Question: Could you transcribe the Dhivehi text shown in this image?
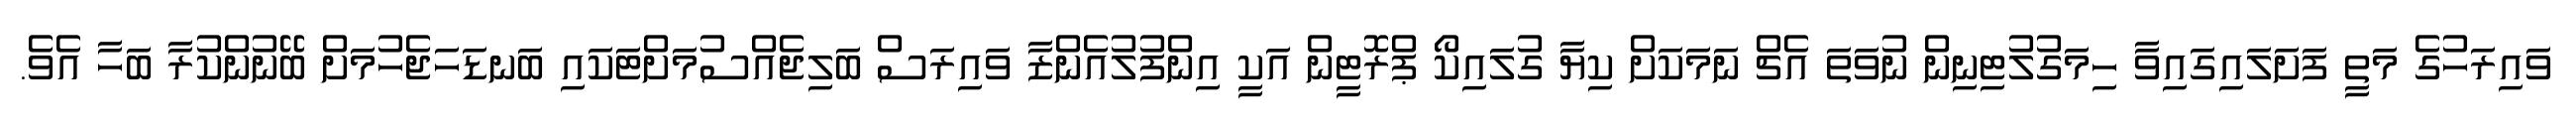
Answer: ވައިރަހުގެ މަތީ ފަށަލައިގައިވާ ހިމަގުލުޓިނިން ނުވަތަ އެޗް ނަމަކަށް ކިޔާ ގުލައިކޯ ޕްރޮޓީން އަކީ އިންފުލުއެންޒާ ވައިރަސް ބަލިޖެއްސުމަށްޓަކައި ބަނޑަހަޖެހުމަށް ބޭނުންކުރާ ބަހާ އެވެ.